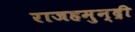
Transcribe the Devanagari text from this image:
राजहमुन्द्री